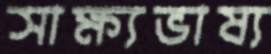
সাক্ষ্যভাষ্য